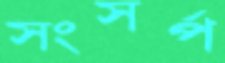
সংসর্প